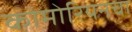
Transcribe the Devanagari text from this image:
कोमोरियनचा